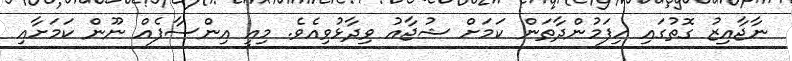
ނާޖާއިޒު ގޮތުގައި ހިފަމުންދާތަން ކަމަށް ޝުޖާއު ވިދާޅުވިއެވެ. މިއީ އިންސާފެއް ނޫން ކަމަށާއި